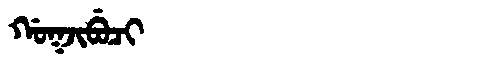
Manchu: ᡤᠣᡴᠵᡳᠪᡠᠴᡳ
Romanization: GOKJIBUCI